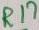
Text: R17